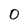
Character: 0